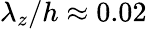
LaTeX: \lambda_{z}/h\approx 0.02